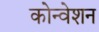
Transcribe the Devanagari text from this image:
कोन्वेशन